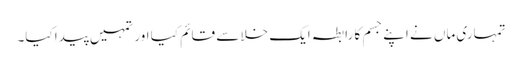
تمہاری ماں نے اپنے جسم کا رابطہ ایک خلا سے قائم کیا اور تمہیں پیدا کیا۔